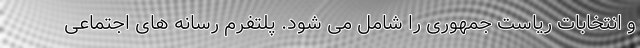
و انتخابات ریاست جمهوری را شامل می شود. پلتفرم رسانه های اجتماعی